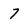
Character: 7